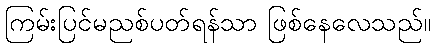
ကြမ်းပြင်မညစ်ပတ်ရန်သာ ဖြစ်နေလေသည်။